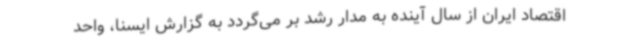
اقتصاد ایران از سال آینده به مدار رشد بر می‌گردد به گزارش ایسنا، واحد